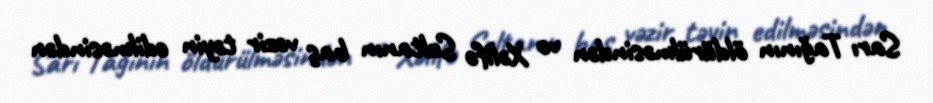
Sarı Tağının öldürülməsindən və Xəlifə Sultanın baş vəzir təyin edilməsindən